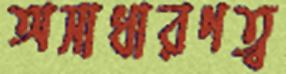
অসাধারণত্ব